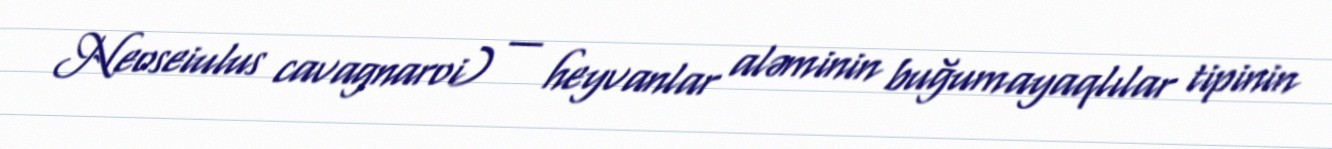
Neoseiulus cavagnaroi) — heyvanlar aləminin buğumayaqlılar tipinin